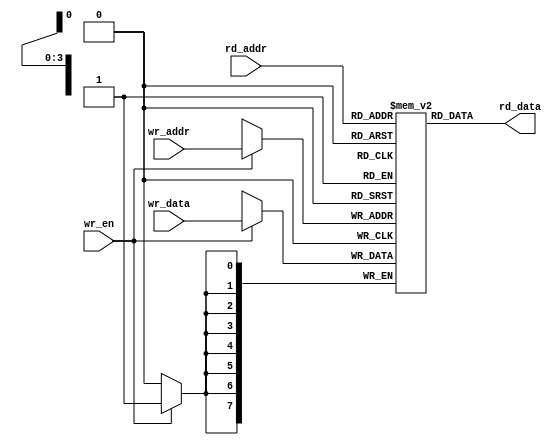
module memory_block
#(
parameter REG_WIDTH = 8,
parameter NUM_REGS = 16
)
(
input wire [3:0] rd_addr,
input wire [3:0] wr_addr,
input wire wr_en,
input wire [REG_WIDTH - 1:0] wr_data,
output reg [REG_WIDTH - 1:0] rd_data
);

reg [REG_WIDTH - 1:0] registers [NUM_REGS - 1:0];

always @ (posedge clk) begin
if (wr_en) begin
registers[wr_addr] <= wr_data;
end
end

always @ (*) begin
rd_data = registers[rd_addr];
end

endmodule